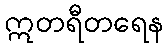
ဣတရီတရေန